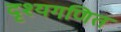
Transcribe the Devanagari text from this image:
दृश्यगणित